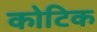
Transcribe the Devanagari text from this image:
कोटिक